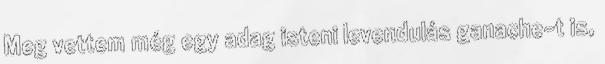
Meg vettem még egy adag isteni levendulás ganache-t is,